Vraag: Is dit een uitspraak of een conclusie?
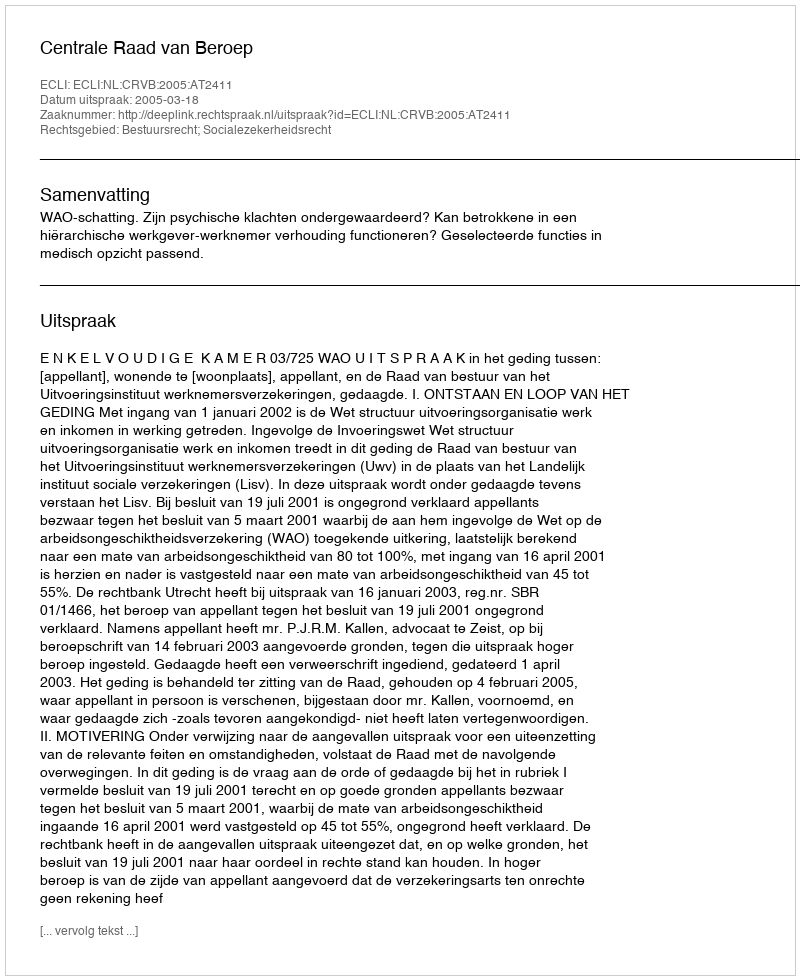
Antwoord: Uitspraak